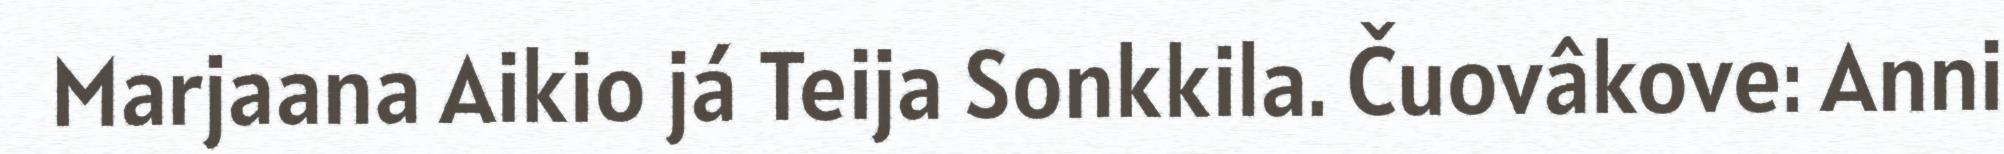
Marjaana Aikio já Teija Sonkkila. Čuovâkove: Anni